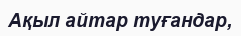
Ақыл айтар туғандар,